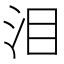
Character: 泪